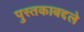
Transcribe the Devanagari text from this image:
पुस्तकाबद्दले